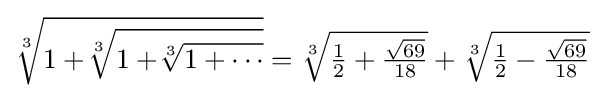
{\sqrt[{3}]{1+\!{\sqrt[{3}]{1+\!{\sqrt[{3}]{1+\cdots }}}}}}=\textstyle {\sqrt[{3}]{{\frac {1}{2}}+{\frac {\sqrt {69}}{18}}}}+{\sqrt[{3}]{{\frac {1}{2}}-{\frac {\sqrt {69}}{18}}}}